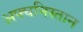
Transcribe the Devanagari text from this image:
अफ्घनिस्तान